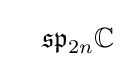
\quad {\mathfrak {sp}}_{2n}\mathbb {C}